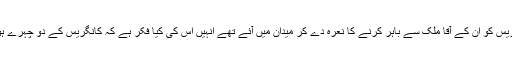
ہم نہیں جانتے کہ جس کانگریس کو ان کے آقا ملک سے باہر کرنے کا نعرہ دے کر میدان میں آئے تھے انہیں اس کی کیا فکر ہے کہ کانگریس کے دو چہرے ہوگئے یا چار ان کی بلا سے۔